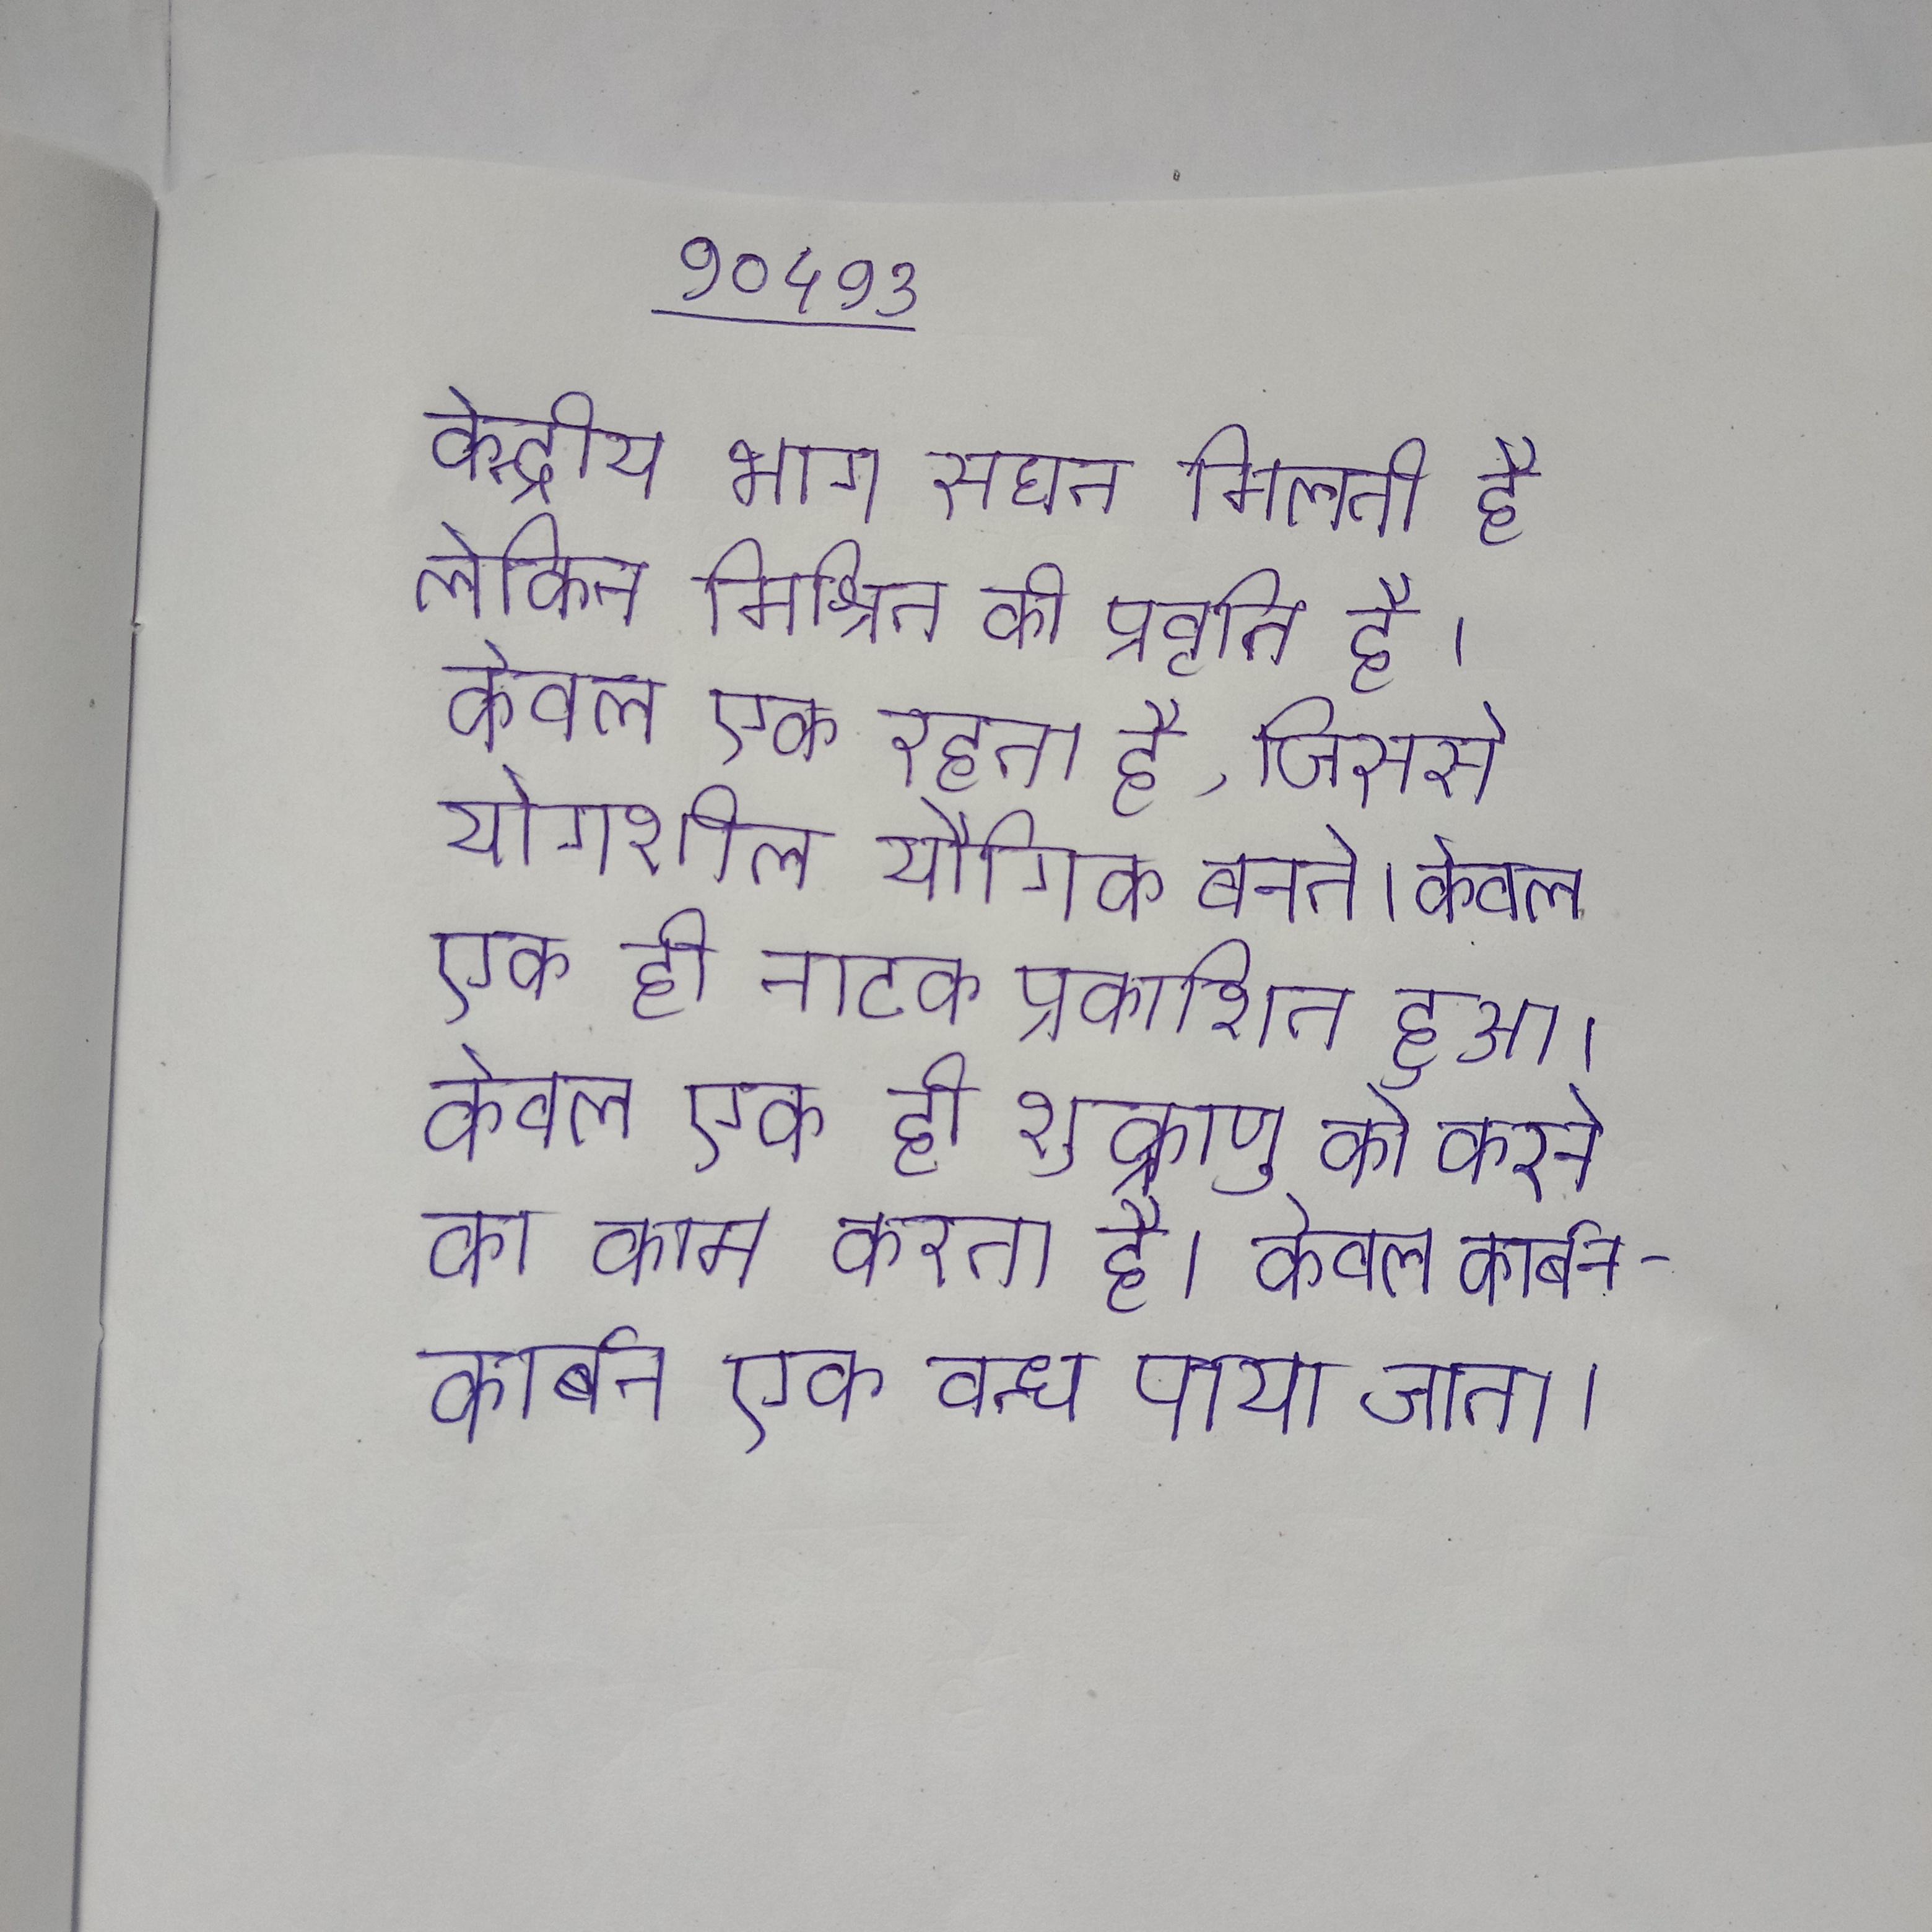
केन्द्रीय भाग सघन मिलती है लेकिन मिश्रित की प्रवृति है । केवल एक रहता है, जिससे योगशील यौगिक बनते । केवल एक ही नाटक प्रकाशित हुआ । केवल एक ही शुक्राणु को करने का काम करता है । केवल कार्बन-कार्बन एक बन्ध पाया जाता ।